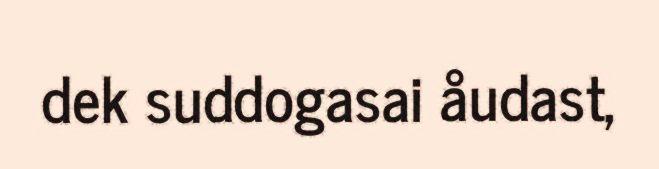
dek suddogasai åudast,